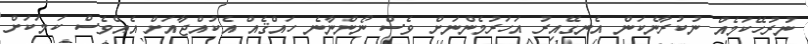
ނުރުހޭކަމެއް ނުކުރާނެކަން އެނގޭއިރު އަހަރުމެންނަށް ވެސް ނޯންނާނެ ހައްޤެއް އެކުއްޖާއަށް އެއްވެސް ކަމަކަށް